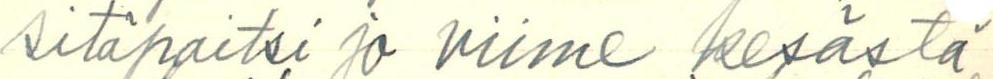
sitäpaitsi jo viime kesästä